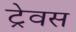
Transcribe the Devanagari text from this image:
ट्रेवस